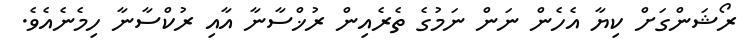
ރޯޝަންގަށް ކިޔާ އެހެން ނަން ނަމުގެ ތެރެއިން ރުޚްސާނާ އާއި ރުކްސާނާ ހިމެނެއެވެ.